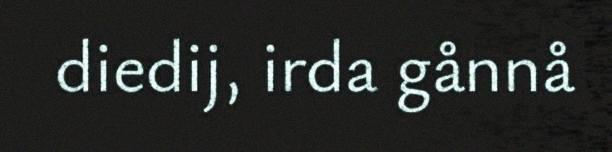
diedij, irda gånnå